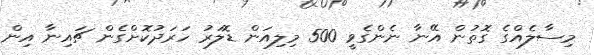
މިސާލެއްގެ ގޮތުން އޭނާ ނެންގެވީ 500 މިލިއަން ޑޮލަރު ހަރަދުކޮށްގެން ޗައިނާ އިން